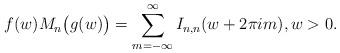
LaTeX: \begin{align*} f(w) M_n \big( g(w)\big) = \sum_{m=-\infty}^\infty I_{n,n} (w + 2\pi im), w > 0.\end{align*}